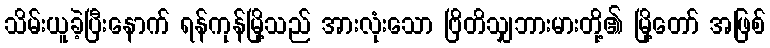
သိမ်းယူခဲ့ပြီးနောက် ရန်ကုန်မြို့သည် အားလုံးသော ဗြိတိသျှဘားမားတို့၏ မြို့တော် အဖြစ်